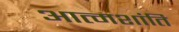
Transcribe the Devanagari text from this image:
आत्मशांति